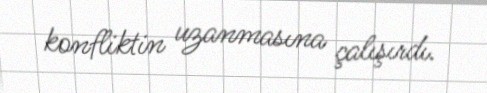
konfliktin uzanmasına çalışırdı.